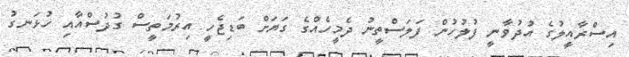
އިސްރާއީލުގެ އުދުވާނީ ފުލުހުން ފަލަސްތީނު ދެމީހެއްގެ ގަޔަށް ބަޑިޖެހީ އިރުމަތީސް ގުދުސްއާއި ހުޅަނގު